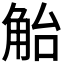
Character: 𲁛